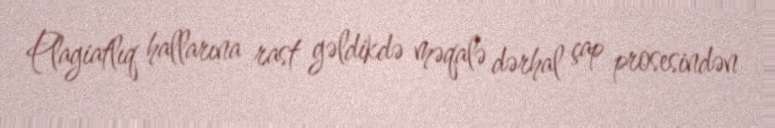
Plagiatlıq hallarına rast gəldikdə məqalə dərhal çap prosesindən